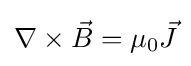
\nabla \times {\vec {B}}=\mu _{0}{\vec {J}}